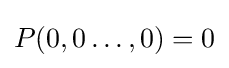
P(0,0\dots ,0)=0